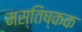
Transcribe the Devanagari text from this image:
मस्तिष्कक